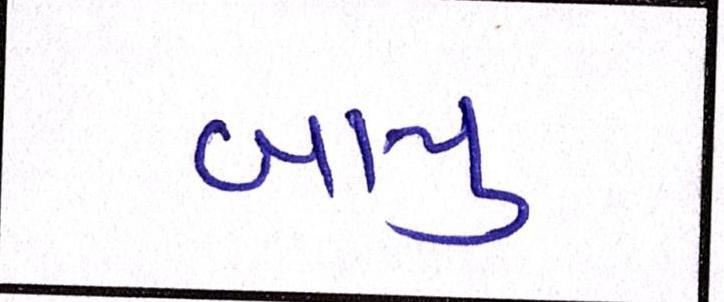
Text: બાપુ